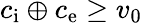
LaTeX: c_{\mathrm{i}}\oplus c_{\mathrm{e}}\ge v_{0}